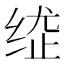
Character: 𦈍